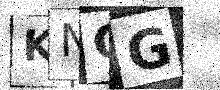
Text: KNCG